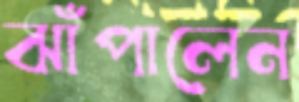
ঝাঁপালেন